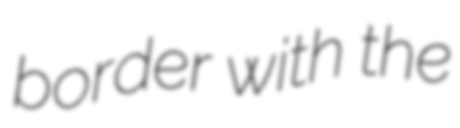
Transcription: border with the